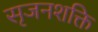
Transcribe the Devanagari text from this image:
सृजनशक्ति